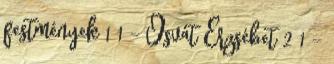
festmények 1 1 - Osvát Erzsébet 2 1 -